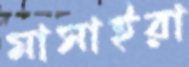
মাসাইরা